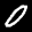
Label: 0